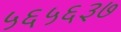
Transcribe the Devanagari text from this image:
५६५६३७